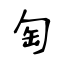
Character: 匋